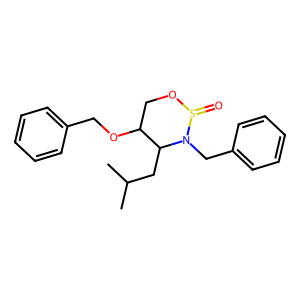
SMILES: CC(C)CC1C(OCc2ccccc2)COS(=O)N1Cc1ccccc1
Inhibits HIV replication: No